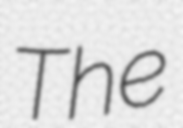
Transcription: The